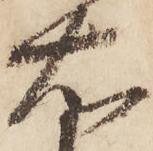
右